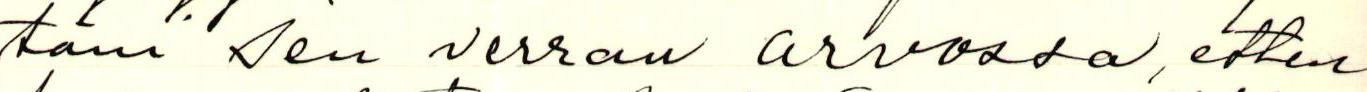
täni sen verran arvossa, etten